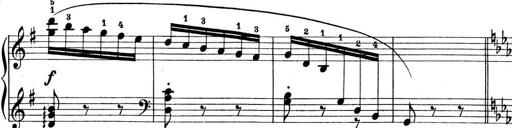
Title: Preis-Sonatine
Composer: Ernst James Bremner